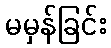
မမှန်ခြင်း